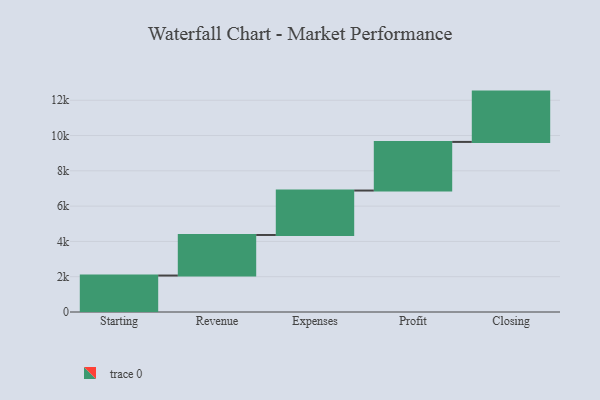
{"axis": {"x": "Step", "y": "Value"}, "legend": [""], "data": [{"x": "Starting", "y": 2066.0, "type": ""}, {"x": "Revenue", "y": 2299.0, "type": ""}, {"x": "Expenses", "y": 2518.0, "type": ""}, {"x": "Profit", "y": 2756.0, "type": ""}, {"x": "Closing", "y": 2851.0, "type": ""}]}